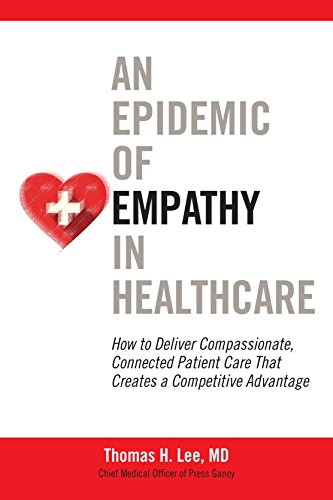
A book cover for An Epidemic of Empathy in Healthcare: How to Deliver Compassionate, Connected Patient Care That Creates a Competitive Advantage; MD, Thomas H. Lee; Business & Money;